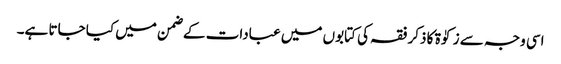
اسی وجہ سے زکوٰۃ کا ذکر فقہ کی کتابوں میں عبادات کے ضمن میں کیا جاتا ہے۔